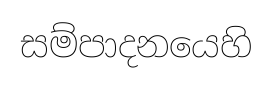
සම්පාදනයෙහි